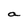
Character: a